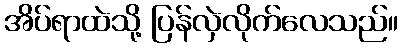
အိပ်ရာထဲသို့ ပြန်လှဲလိုက်လေသည်။